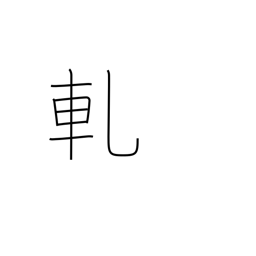
Meaning: creak